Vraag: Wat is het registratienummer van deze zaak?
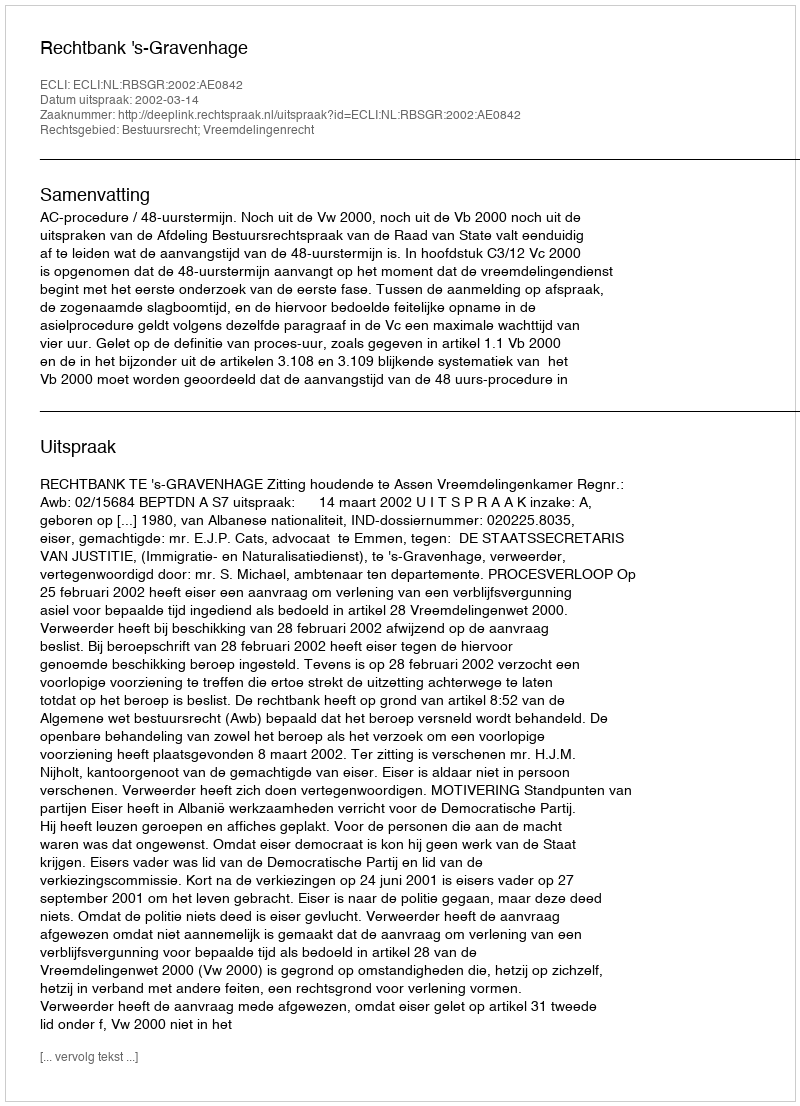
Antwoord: http://deeplink.rechtspraak.nl/uitspraak?id=ECLI:NL:RBSGR:2002:AE0842